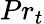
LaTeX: Pr_{t}